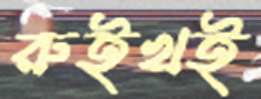
রুইখই